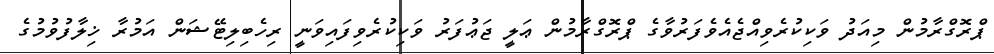
ޕްރޮގްރާމުން މިއަދު ވަކިކުރެވިއްޖެއެވެފަރުވާގެ ޕްރޮގްރާމުން ޢަލީ ޖަޢުފަރު ވަކިކުރެވިފައިވަނީ ރިހެބިލިޓޭޝަން އަމުރާ ޚިލާފުވުމުގެ